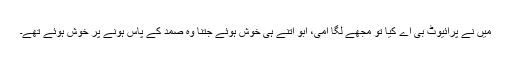
میں نے پرائیوٹ بی اے کیا تو مجھے لگا امی، ابو اتنے ہی خوش ہوئے جتنا وہ صمد کے پاس ہونے پر خوش ہوئے تھے۔